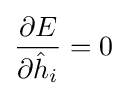
{\frac {\partial E}{\partial {\hat {h}}_{i}}}=0